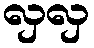
လှလှ